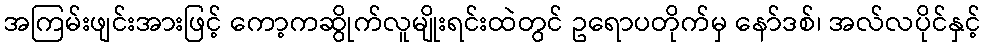
အကြမ်းဖျင်းအားဖြင့် ကော့ကဆွိုက်လူမျိုးရင်းထဲတွင် ဥရောပတိုက်မှ နော်ဒစ်၊ အလ်လပိုင်နှင့်